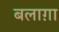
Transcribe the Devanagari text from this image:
बलाग़ा